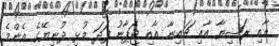
އާއި ރަޝިޔާ އާއި ޗައިނާ އާއި ޖަޕާނު ފަދަ މުޅި ދުނިޔޭގެ އެންމެ